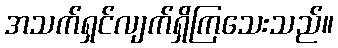
အသက်ရှင်လျက်ရှိကြသေးသည်။